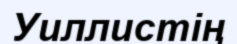
Уиллистің